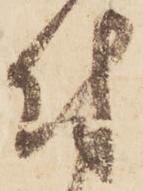
付